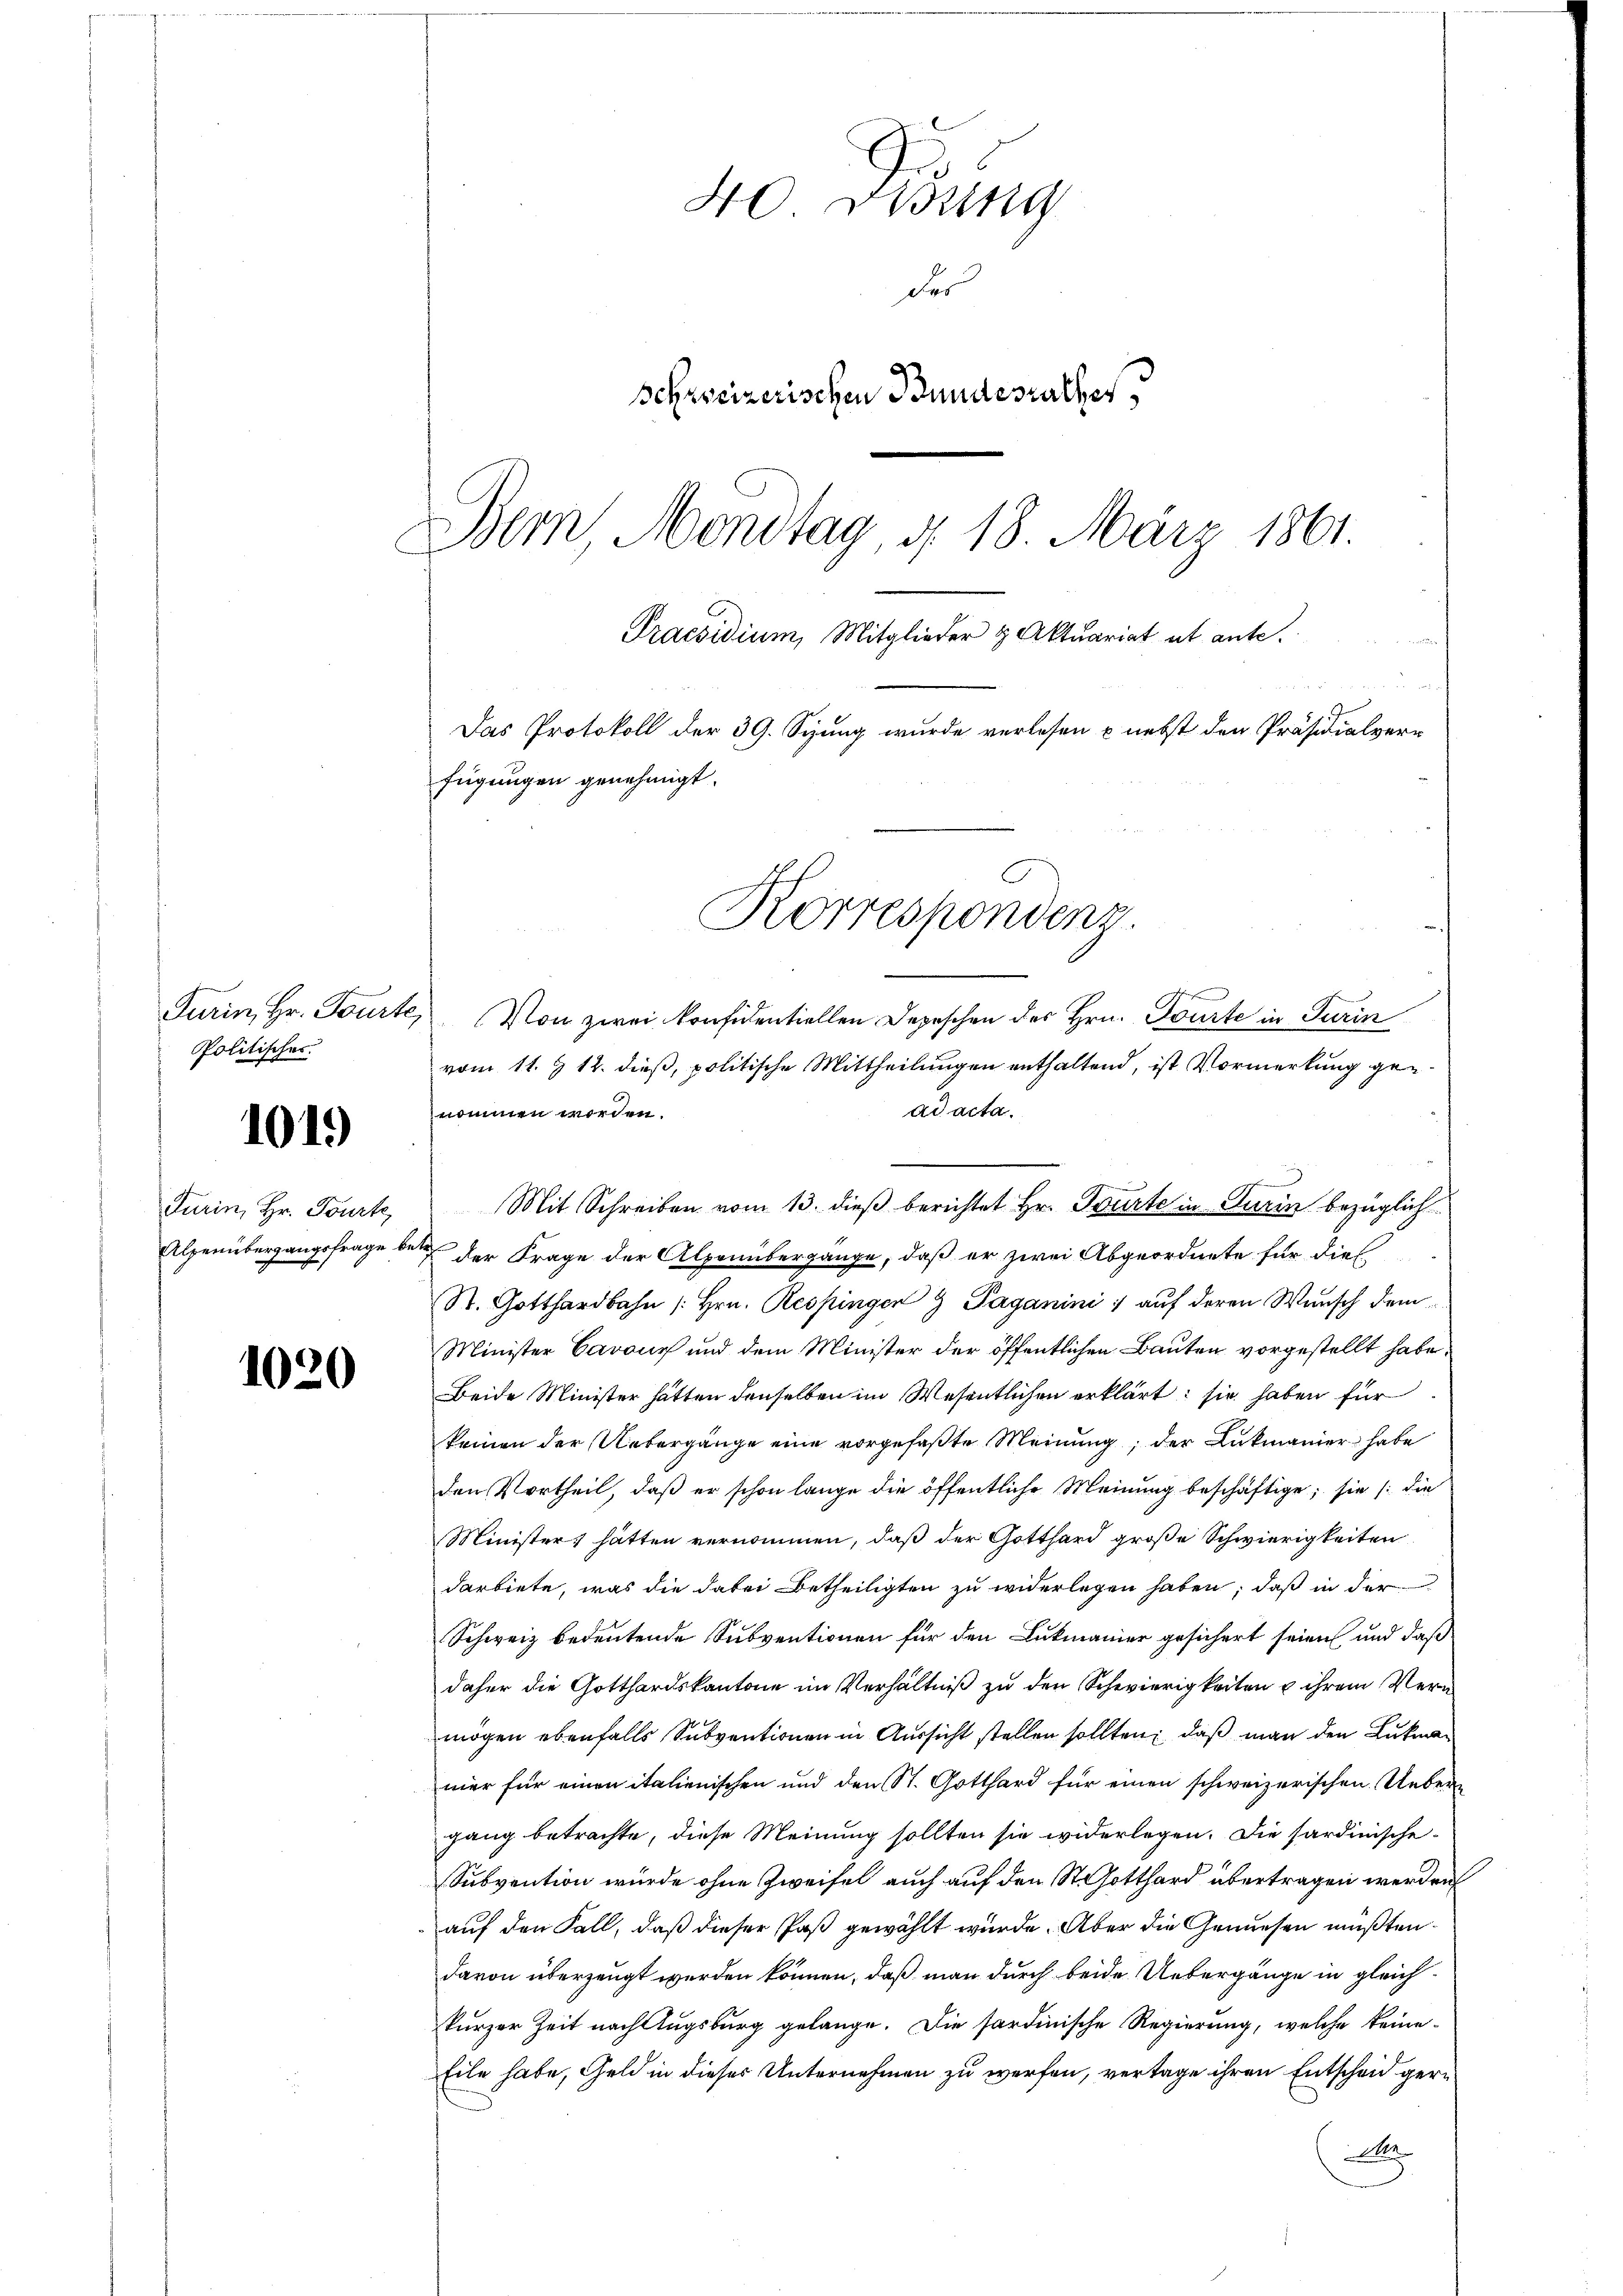
Turin, Hr. Tourte,
Politisches

1019

Turin, Hr. Tourt,
Alpenübergangsfrage be¬

1020

4o Didung
das
Schweizerischen Bundesrathes
Bern Mondtag, d. 18. März 1861.
Praesidium, Mitglieder & Aktuariat ut ante.
Das Protokoll der 39. Sizung wurde verlesen & nebst den Präsidialverfügungen genehmigt.

Von zwei Konfidentiellen Depeschen des Hrn. Tourte in Turin
vom 11. § 12. dieß, politische Mittheilungen enthaltend, ist Vormerkung gead acta.
nommen worden.
der Frage der Alpenübergange, daß er zwei Abgeordnete für dies
St. Gotthardbahn /: Hrn. Respingen 9 Paganini / auf deren Wunsch dem
Minister Cavous und dem Minister der öffentlichen Bauten vorgestellt habe.
Beide Minister hätten denselben im Wesentlichen erklärt: sie haben für
keinen der Uebergänge eine vorgefaßte Meinung, der Lukmanier habe
den Vortheil, daß er schon lange die öffentliche Meinung beschäftige; sie /: die
Minister hätten vernommen, daß der Gotthard große Schwierigkeiten
darbiete, was die dabei betheiligten zu widerlegen haben, daß in der
Schweiz bedeutende Subventionen für den Lukmanier gesichert seien und daß
daher die Gotthardskantone im Verhältniß zu den Schwierigkeiten u ihrem Vern
mögen ebenfalls Subventionen in Aussicht stellen sollten, daß man den Lukmamer für einen italienischen und den St. Gotthard für einen schweizerischen Uebergang betrachte, diese Meinung sollten sie widerlegen. Die sardinische¬
Subvention wurde ohne Zweifel auch auf den St. Gotthard übertragen werden
auf den Fall, daß dieser Paß gewählt wurde. Aber die Geniesen mußtendavon überzeugt werden können, daß man durch beide Uebergänge in gleichkurzer Zeit nach Augsburg gelange. Die sardinische Regierung, welche keine¬
Eile habe, Geld in dieses Unternehmen zu werfen, vertage ihren Entscheid gern
.

Korrespondenz

und
Mit Schreiben vom 13. dieß berichtet Hr. Tourte in Turin bezüglich